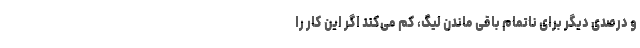
و درصدی دیگر برای ناتمام باقی ماندن لیگ، کم می‌کند اگر این کار را